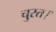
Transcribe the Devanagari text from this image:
चुस्त।